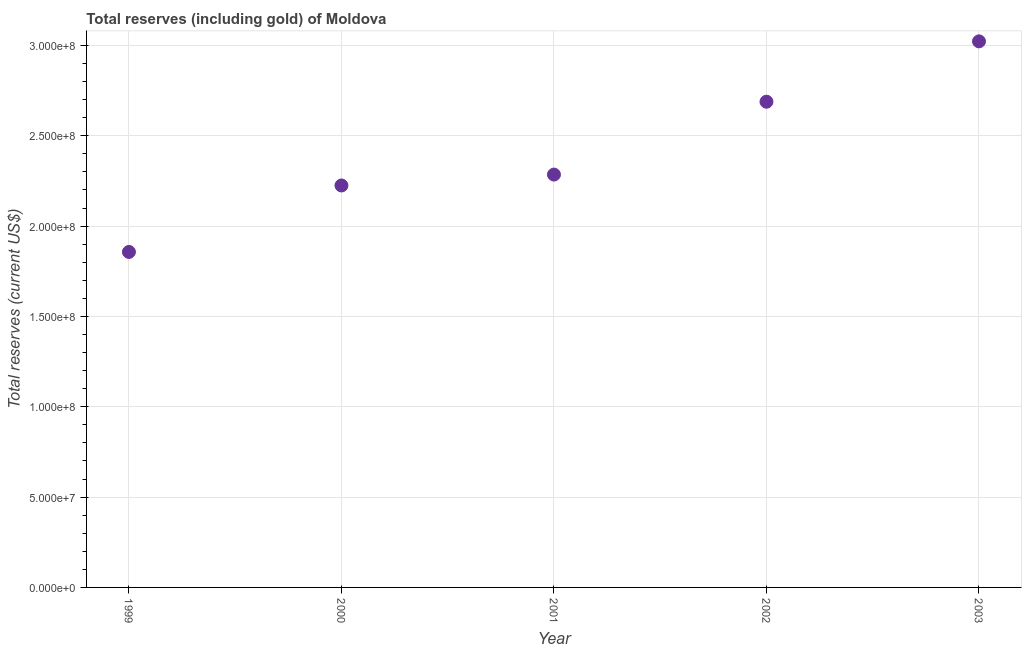
| Year | Total reserves (includes gold |
 | --- | --- |
 | 1999 | 1.86e+08 |
 | 2000 | 2.22e+08 |
 | 2001 | 2.29e+08 |
 | 2002 | 2.69e+08 |
 | 2003 | 3.02e+08 |